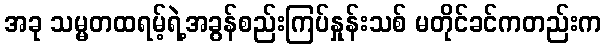
အခု သမ္မတထရမ့်ရဲ့အခွန်စည်းကြပ်နှုန်းသစ် မတိုင်ခင်ကတည်းက